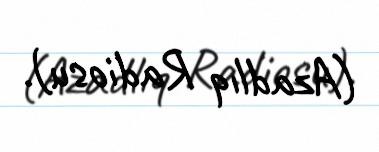
(Azadlıq Radiosu).